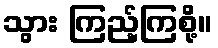
သွား ကြည့်ကြစို့။